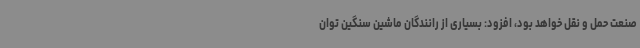
صنعت حمل و نقل خواهد بود، افزود: بسیاری از رانندگان ماشین سنگین توان